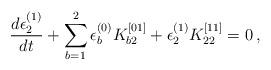
LaTeX: \begin{align*}\frac{d\epsilon^{(1)}_2}{dt} + \sum^2_{b=1}\epsilon^{(0)}_{b}K^{[01]}_{b2}+\epsilon^{(1)}_2 K^{[11]}_{22} = 0\,,\end{align*}